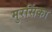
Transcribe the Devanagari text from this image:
मुरसिंका